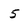
Character: 5